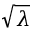
\sqrt { \lambda }